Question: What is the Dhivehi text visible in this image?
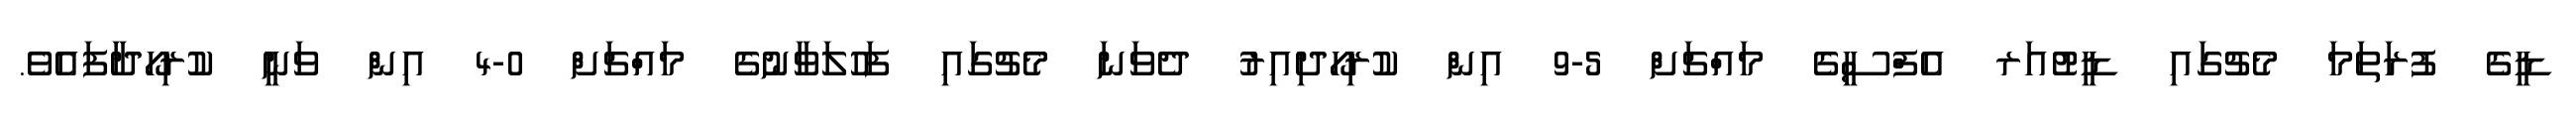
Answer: ޑީގެ ފުރަތަމަ މެޗުގައި ޑީޓުއަރ އެފްސީގެ މައްޗަށް 5-9 އިން ކުރިހޯދިއިރު ދެވަނަ މެޗުގައި ފަހުލަވާނުގެ މައްޗަށް 0-4 އިން ވަނީ ކުރިހޯދާފައެވެ.